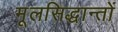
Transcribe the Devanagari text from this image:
मूलसिद्धान्‍तों